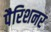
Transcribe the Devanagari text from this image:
पैरिशनर